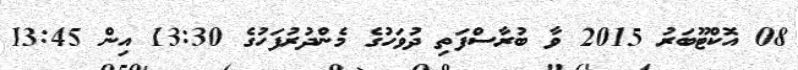
08 އޮކްޓޫބަރު 2015 ވާ ބުރާސްފަތި ދުވަހުގެ މެންދުރުފަހުގެ 13:30 އިން 13:45